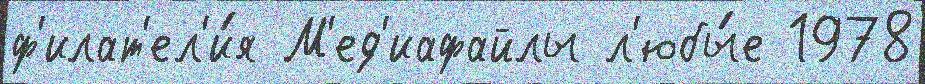
ф'илат'ел'и́я М'ед'иафайлы л'юбы́е 1978